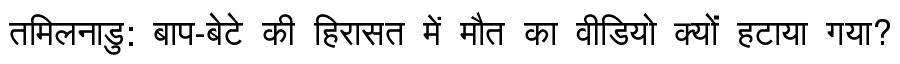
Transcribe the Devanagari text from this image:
तमिलनाडु: बाप-बेटे की हिरासत में मौत का वीडियो क्यों हटाया गया?